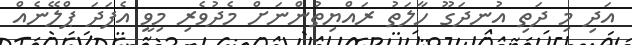
އަދި މި ދަތި އުނދަގޫ ހާލަތު ރައްޔިތުންނަށް މެދުވެރި މިވީ އެފަދަ ޕްލޭނެއް